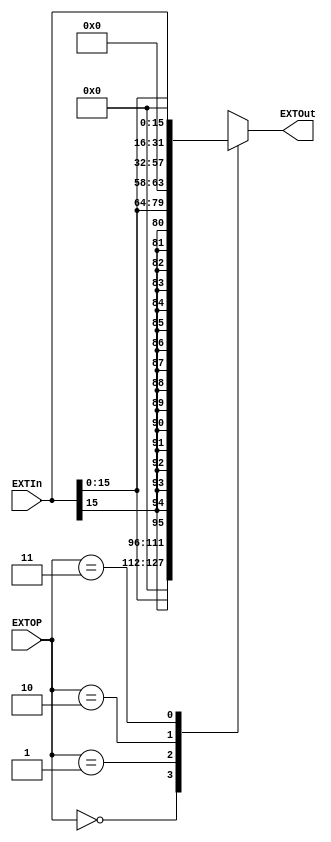
`timescale 1ns / 1ps

module EXT(
	input [25:0] EXTIn,
	output reg [31:0] EXTOut,
	input [3:0] EXTOP
    );
	
	parameter
	ZE16 = 0,
	SE16 = 1,
	ZE26 = 2,
	LUI = 3;
	
	always @(*) begin
		case(EXTOP)
			ZE16: EXTOut = {{16{1'd0}}, EXTIn[15:0]};
			SE16: EXTOut = {{16{EXTIn[15]}}, EXTIn[15:0]};
			ZE26: EXTOut = {{6{1'd0}}, EXTIn};
			LUI : EXTOut = {EXTIn[15:0], 16'd0};
			default: EXTOut = 32'dx;
		endcase
	end

endmodule